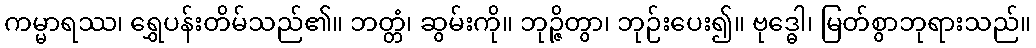
ကမ္မာရဿ၊ ရွှေပန်းတိမ်သည်၏။ ဘတ္တံ၊ ဆွမ်းကို။ ဘုဉ္ဇိတွာ၊ ဘုဉ်းပေး၍။ ဗုဒ္ဓေါ၊ မြတ်စွာဘုရားသည်။